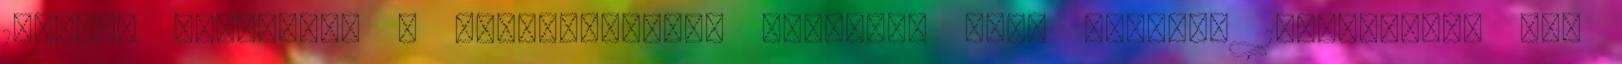
1349Így búcsúznak a Marvel-filmek sztárjai Stan Lee-től 1338Meghalt egy